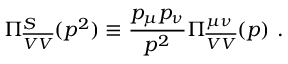
\Pi _ { \overline { { { \cal V } } } \overline { { { V } } } } ^ { S } ( p ^ { 2 } ) \equiv \frac { p _ { \mu } p _ { \nu } } { p ^ { 2 } } \Pi _ { \overline { { { \cal V } } } \overline { { { V } } } } ^ { \mu \nu } ( p ) \ .